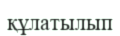
құлатылып